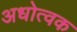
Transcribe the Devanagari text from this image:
अधोत्वक